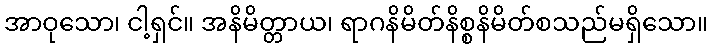
အာဝုသော၊ ငါ့ရှင်။ အနိမိတ္တာယ၊ ရာဂနိမိတ်နိစ္စနိမိတ်စသည်မရှိသော။